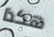
هكذا